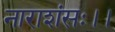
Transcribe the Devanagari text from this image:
नाराशंसः।।